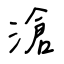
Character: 滄